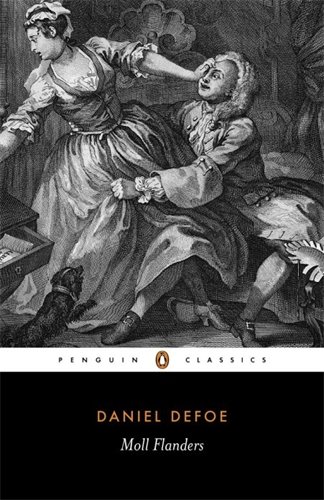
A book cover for Moll Flanders: The Fortunes and Misfortunes of the Famous Moll Flanders (Penguin Classics); Daniel Defoe; Literature & Fiction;